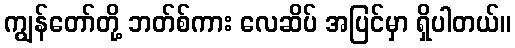
ကျွန်တော်တို့ ဘတ်စ်ကား လေဆိပ် အပြင်မှာ ရှိပါတယ်။